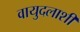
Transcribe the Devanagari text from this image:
वायुदलाशी